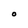
Character: O